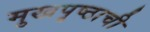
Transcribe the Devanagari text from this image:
मुखपृष्ठाची